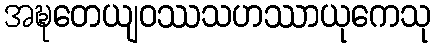
အဍ္ဎတေယျဝဿသဟဿာယုကေသု